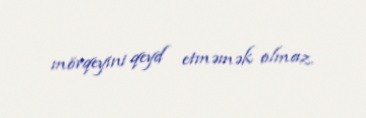
mövqeyini qeyd etməmək olmaz.